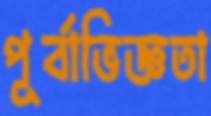
পূর্বাভিজ্ঞতা